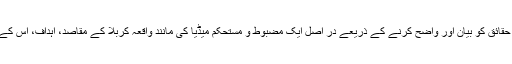
حضرت زینب(سلام اللہ علیھا ) اور حضرت امام سجاد(علیہ السلام ) نے اپنے خطبات اور حقائق کو بیان اور واضح کرنے کے ذریعے در اصل ایک مضبوط و مستحکم میڈیا کی مانند واقعہ کربلا کے مقاصد، اہداف، اُس کے مختلف پہلووں اور ایک انقلابی اور زندہ سوچ کو جہاں جہاں بهی انہیں موقع ملا پهیلا دیا۔